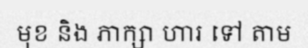
មុខ និង ភាក្សា ហារ ទៅ តាម